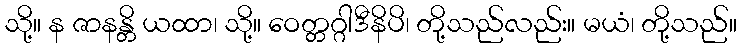
သို့။ န ဇာနန္တိ ယထာ၊ သို့။ ဝေတ္တဂ္ဂါဒီနိပိ၊ တို့သည်လည်း။ မယံ၊ တို့သည်။